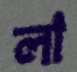
লা